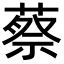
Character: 蔡